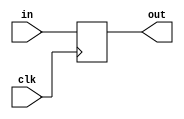
module PC (in, clk, out);
	input clk;
	input [31:0] in;
	output [31:0] out;
	reg	[31:0] out;	
	always @ (posedge clk)
		begin
			out = in;
		end	 
endmodule